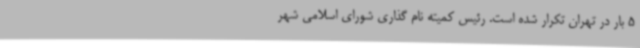
5 بار در تهران تکرار شده است. رئیس کمیته نام گذاری شورای اسلامی شهر